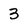
Character: 3